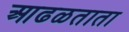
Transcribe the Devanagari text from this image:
आढळताता